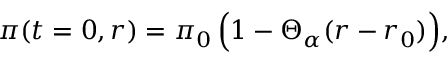
\displaystyle \pi ( t = 0 , r ) = \pi _ { 0 } \, \Bigl ( 1 - \Theta _ { \alpha } ( r - r _ { 0 } ) \Bigr ) ,